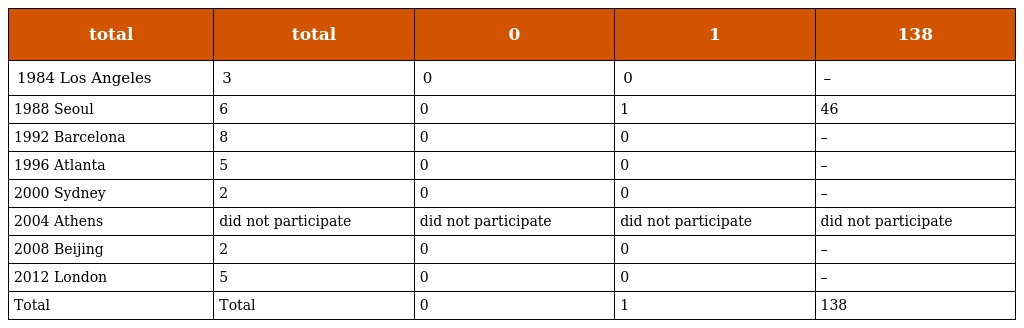
| total | total | 0 | 1 | 138 |
 | --- | --- | --- | --- | --- |
 | 1984 Los Angeles | 3 | 0 | 0 | – |
 | 1988 Seoul | 6 | 0 | 1 | 46 |
 | 1992 Barcelona | 8 | 0 | 0 | – |
 | 1996 Atlanta | 5 | 0 | 0 | – |
 | 2000 Sydney | 2 | 0 | 0 | – |
 | 2004 Athens | did not participate | did not participate | did not participate | did not participate |
 | 2008 Beijing | 2 | 0 | 0 | – |
 | 2012 London | 5 | 0 | 0 | – |
 | Total | Total | 0 | 1 | 138 |